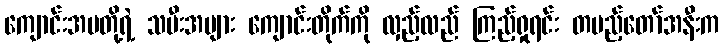
ကျောင်းအမတို့ရဲ့ သမီးအများ ကျောင်းတိုက်ကို လှည့်လည် ကြည့်ရှုရင်း တပည့်တော်အနီးက